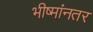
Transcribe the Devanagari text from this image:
भीष्मांनतर